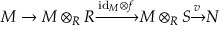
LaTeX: M \to M \otimes _ { R } R { \xrightarrow { { \mathrm { i d } } _ { M } \otimes f } } M \otimes _ { R } S { \xrightarrow { v } } N